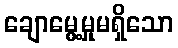
ချောမွေ့မှုမရှိသော